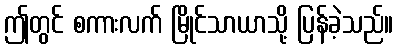
ဤတွင် စကားလက် မြိုင်သာယာသို့ ပြန်ခဲ့သည်။